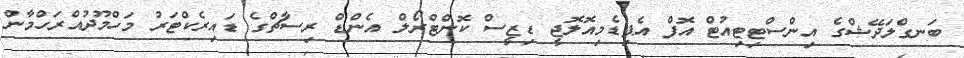
ބަނގްލަދޭޝްގެ އިންސްޓިޓިއުޓް އޮފް އެޕިޑެމިއޮލޮޖީ ޑިޒީސް ކޮންޓްރޯލް އެންޑް ރިސާޗްގެ ޑައިރެކްޓަރު މަހްމޫދުއްރަހްމާން